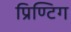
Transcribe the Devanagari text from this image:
प्रिण्टिग